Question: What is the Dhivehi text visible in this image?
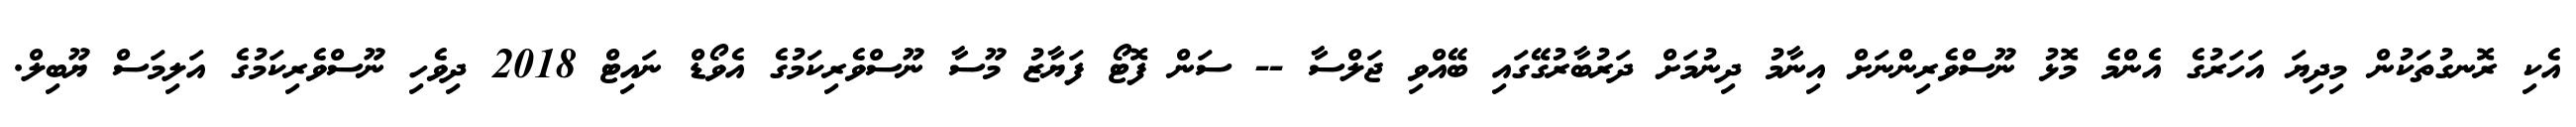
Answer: އެކި ރޮނގުތަކުން މިދިޔަ އަހަރުގެ އެންމެ މޮޅު ނޫސްވެރިންނަށް އިނާމު ދިނުމަށް ދަރުބާރުގޭގައި ބޭއްވި ޖަލްސާ -- ސަން ފޮޓޯ ފަޔާޒު މޫސާ ނޫސްވެރިކަމުގެ އެވޯޑް ނައިޓް 2018 ދިވެހި ނޫސްވެރިކަމުގެ އަލިމަސް ޔޫބިލް.